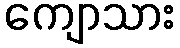
ကျောသား